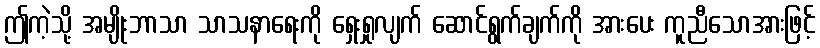
ဤကဲ့သို့ အမျိုးဘာသာ သာသနာရေးကို ရှေးရှုလျက် ဆောင်ရွက်ချက်ကို အားပေး ကူညီသောအားဖြင့်